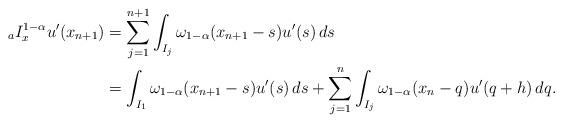
LaTeX: \begin{align*}{_aI_x^{1-\alpha}} u'(x_{n+1})&=\sum_{j=1}^{n+1}\int_{I_j}\omega_{1-\alpha}(x_{n+1}-s)u'(s)\,ds\\&=\int_{I_1}\omega_{1-\alpha}(x_{n+1}-s)u'(s)\,ds+\sum_{j=1}^{n}\int_{I_j}\omega_{1-\alpha}(x_{n}-q)u'(q+h)\,dq.\end{align*}